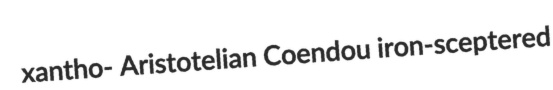
xantho- Aristotelian Coendou iron-sceptered